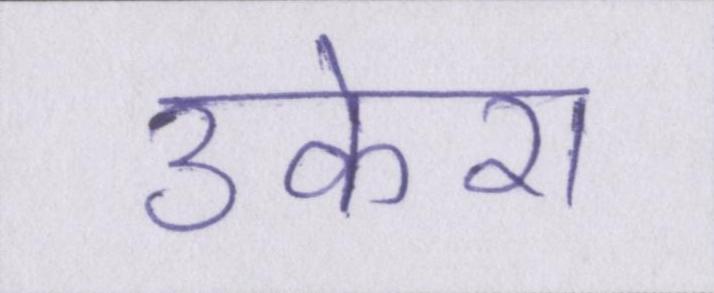
उकेरा